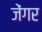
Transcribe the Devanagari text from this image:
जेंगर